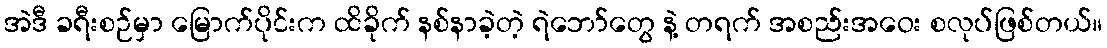
အဲဒီ ခရီးစဉ်မှာ မြောက်ပိုင်းက ထိခိုက် နစ်နာခဲ့တဲ့ ရဲဘော်တွေ နဲ့ တရက် အစည်းအဝေး စလုပ်ဖြစ်တယ်။